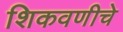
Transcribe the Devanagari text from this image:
शिकवणीचे